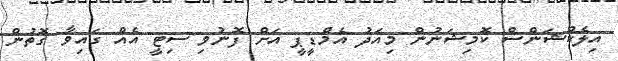
އިލެކްޝަންސް ކޮމިޝަނުން މިއަދު އެމްޑީޕީ އަށް ފޮނުވި ސިޓީ އެއް ގައިވާ ގޮތުން